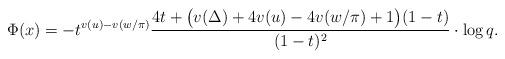
LaTeX: \begin{align*}& \Phi(x)= - t^{v(u)-v(w/\pi)}\frac{4t + \bigl(v(\Delta)+4v(u)-4v(w/\pi)+1\bigr) (1 -t)}{(1-t)^2}\cdot \log q.\end{align*}